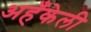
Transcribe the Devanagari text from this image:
अहँकेली